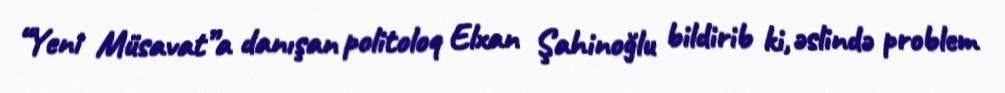
“Yeni Müsavat”a danışan politoloq Elxan Şahinoğlu bildirib ki, əslində problem